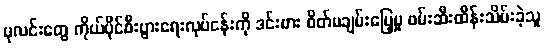
ပုလင်းတွေ ကိုယ်ပိုင်စီးပွားရေးလုပ်ငန်းကို ဒင်းဗား စိတ်မချမ်းမြေ့မှု ဖမ်းဆီးထိန်းသိမ်းခဲ့သူ